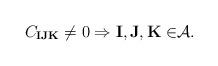
LaTeX: \begin{align*}C_{\mathbf{IJK}}\neq 0\Rightarrow \mathbf{I,J,K\in }\mathcal{A}.\end{align*}